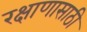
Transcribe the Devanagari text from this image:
रक्षाणासाठी